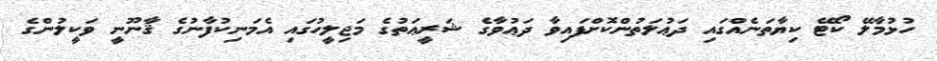
ހުޅުމާލޭ ކޯޓޭ ކިޔާތަނެއްގައި ދަޢުލަތުންކޮށްފައިވާ ދަޢުވާގެ ޝަރީޢަތުގެ މަޖިލީހުގައި އެމަނިކުފާނުގެ ޤާނޫނީ ވަކީލުންގެ